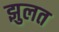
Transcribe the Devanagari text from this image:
झुलत